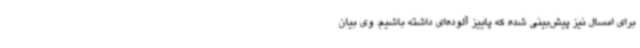
برای امسال نیز پیش‌بینی شده که پاییز آلوده‌ای داشته باشیم. وی بیان